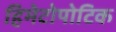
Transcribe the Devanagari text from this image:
हिमेटोपोटिक